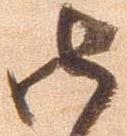
御